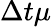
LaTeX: \Delta t\mu